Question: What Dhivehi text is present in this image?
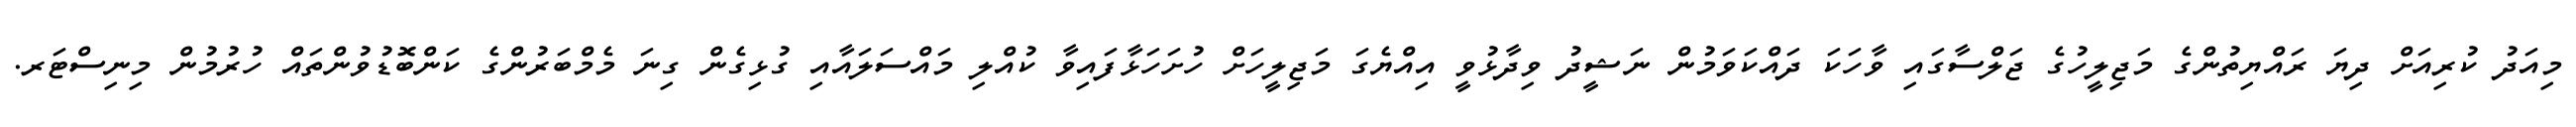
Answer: މިއަދު ކުރިއަށް ދިޔަ ރައްޔިތުންގެ މަޖިލީހުގެ ޖަލްސާގައި ވާހަކަ ދައްކަވަމުން ނަޝީދު ވިދާޅުވީ އިއްޔެގަ މަޖިލީހަށް ހުށަހަޅާފައިވާ ކުއްލި މައްސަލައާއި ގުޅިގެން ގިނަ މެމްބަރުންގެ ކަންބޮޑުވުންތައް ހުރުމުން މިނިސްޓަރ.